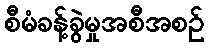
စီမံခန့်ခွဲမှုအစီအစဉ်